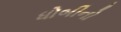
ધોબીનો